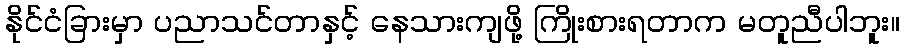
နိုင်ငံခြားမှာ ပညာသင်တာနှင့် နေသားကျဖို့ ကြိုးစားရတာက မတူညီပါဘူး။